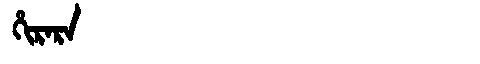
Manchu: ᡥᡳᡵᠠᡵᠠ
Romanization: HIRARA